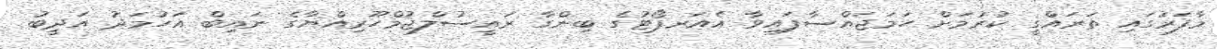
މާފަރުގައި ތަރައްގީ ކުރުމަށް ހަމަޖައްސާފައިވާ އެއަރޕޯޓުގެ ބިންގާ ރައީސުލްޖުމްހޫރިއްޔާގެ ނައިބް އަހުމަދު އަދީބު